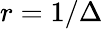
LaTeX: r=1/\Delta